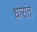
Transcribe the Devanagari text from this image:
धारांत